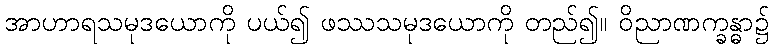
အာဟာရသမုဒယောကို ပယ်၍ ဖဿသမုဒယောကို တည်၍။ ဝိညာဏက္ခန္ဓာ၌